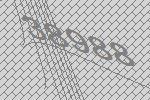
38988